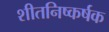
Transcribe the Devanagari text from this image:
शीतनिष्कर्षक